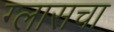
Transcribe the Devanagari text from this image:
ग्लासचा